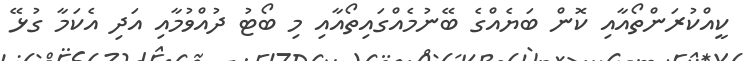
ކީއްކުރަންތޯއާއި ކޮން ބަޔެއްގެ ބޭނުމެއްގައިތޯއާއި މި ބޯޓު ދުއްވުމާއި އަދި އެކަމާ ގުޅޭ